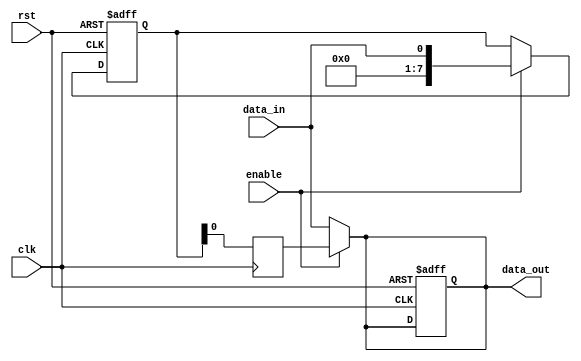
module bypass_register (
    input wire clk, // clock signal
    input wire rst, // reset signal
    input wire enable, // enable signal for data transfer
    input wire data_in, // input data signal
    output reg data_out // output data signal
);

reg [7:0] reg_data; // internal register to store data
reg [7:0] reg_data_sync; // synchronized data register

always @ (posedge clk or posedge rst) begin
    if (rst) begin
        reg_data <= 8'b0; // reset register data
        data_out <= 8'b0; // reset output data
    end else begin
        if (enable) begin
            reg_data <= data_in; // load input data into register
        end
    end
end

always @ (posedge clk) begin
    reg_data_sync <= reg_data; // synchronize register data
end

assign data_out = (enable) ? reg_data_sync : data_in; // bypass or pass data depending on enable signal

endmodule